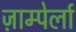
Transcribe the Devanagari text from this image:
ज़ाम्पेर्ला